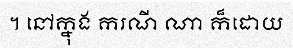
។ នៅក្នុង ករណី ណា ក៏ដោយ